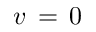
v \, = \, 0